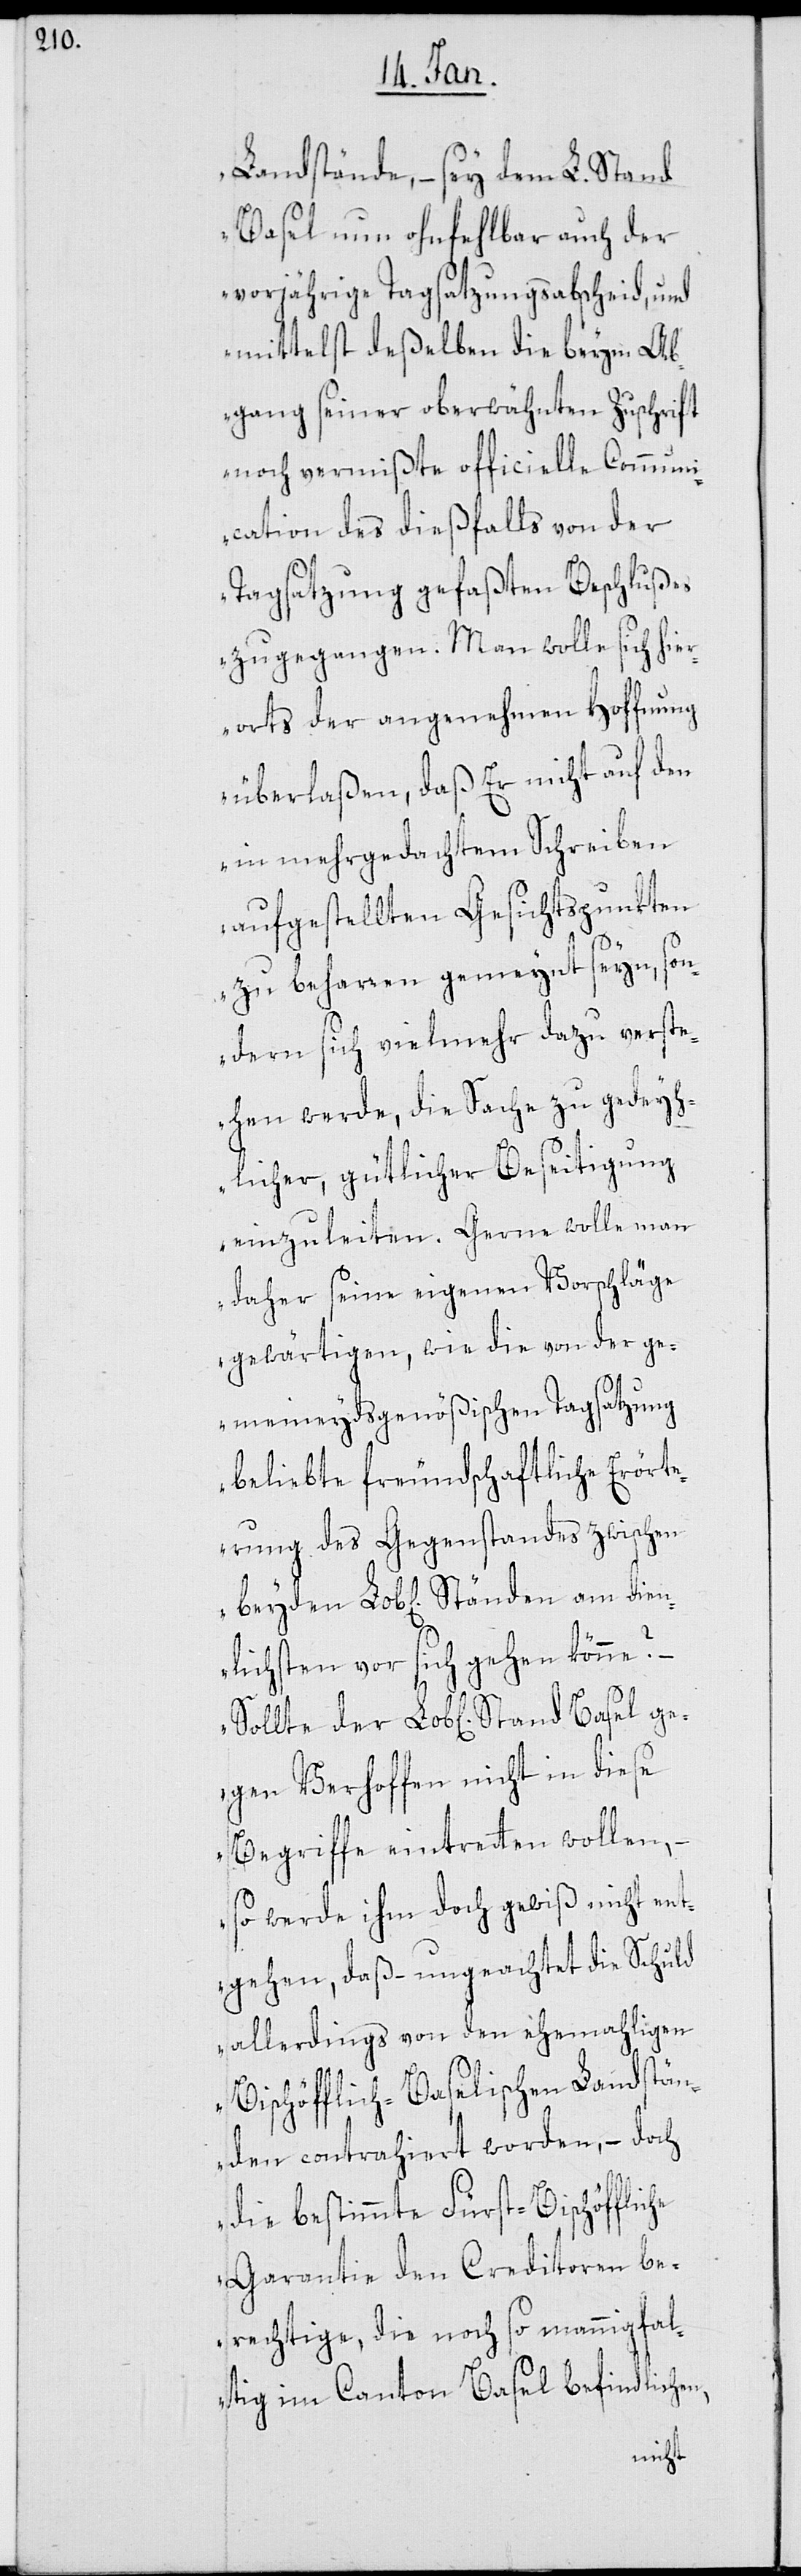
die¬

Landstände, – sey dem L. Stand
Basel nun ohnfehlbar auch der
vorjährige Tagsatzungsabscheid, und
mittelst deßelben die beym Ab¬
gang seiner oberwähnten Zuschrift
noch vermißte officielle Communi¬
cation des dießfalls von der
Tagsatzung gefaßten Beschlußes
zugegangen. Man wolle sich hier¬
orts der angenehmen Hoffnung
überlaßen, daß Er nicht auf den
in mehrgedachtem Schreiben
aufgestellten Gesichtspunkten
zu beharren gemeynt seyn, son¬
dern sich vielmehr dazu verst¬
ehen werde, die Sache zu gedeyh¬
licher, gütlicher Beseitigung
einzuleiten. Gerne wolle man
daher seine eigenen Vorschläge
gewärtigen, wie die von der ge¬
meineydsgenößischen Tagsatzung
beliebte freundschaftliche Erört¬
erung des Gegenstandes zwischen
nlichsten vor sich gehen könne? –
gegen Verhoffen nicht in diese
Begriffe eintretten wollen,
– so werde ihm doch gewiß nicht ent¬
gehen, daß ungeachtet die Schuld
allerdings von den ehemahligen
Bischöfflich-Baselischen Landstän¬
den contrahiert worden, – doch
die bestimmte Fürst-Bischöffliche
Garantie den Creditoren be¬
rechtige, die noch so mannigfal¬
tig im Canton Basel befindlichen,